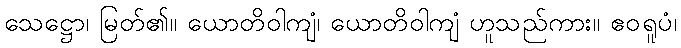
သေဋ္ဌော၊ မြတ်၏။ ယောတိဝါကျံ၊ ယောတိဝါကျံ ဟူသည်ကား။ ဧဝရူပံ၊